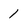
Character: 1